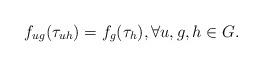
LaTeX: \begin{align*}f_{ug}(\tau_{uh})=f_g(\tau_h), \forall u,g,h \in G.\end{align*}